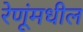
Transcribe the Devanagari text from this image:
रेणूंमधील